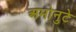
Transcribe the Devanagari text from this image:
अमोनुटे